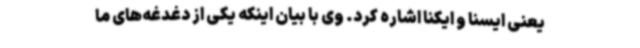
یعنی ایسنا و ایکنا اشاره کرد. وی با بیان اینکه یکی از دغدغه‌های ما